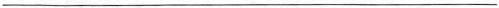
___